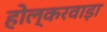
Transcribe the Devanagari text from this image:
होल्करवाड़ा